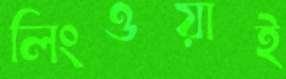
লিংওয়াই